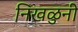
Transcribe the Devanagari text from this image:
निखळुनी